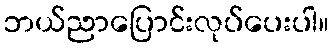
ဘယ်ညာပြောင်းလုပ်ပေးပါ။